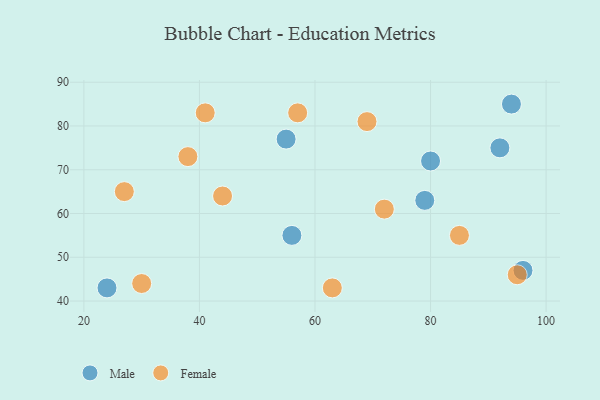
{"axis": {"x": "GDP", "y": "Life Expectancy"}, "legend": ["Female", "Male"], "data": [{"x": "24", "y": 43, "type": "Male"}, {"x": "79", "y": 63, "type": "Male"}, {"x": "80", "y": 72, "type": "Male"}, {"x": "56", "y": 55, "type": "Male"}, {"x": "92", "y": 75, "type": "Male"}, {"x": "96", "y": 47, "type": "Male"}, {"x": "55", "y": 77, "type": "Male"}, {"x": "94", "y": 85, "type": "Male"}, {"x": "85", "y": 55, "type": "Female"}, {"x": "27", "y": 65, "type": "Female"}, {"x": "72", "y": 61, "type": "Female"}, {"x": "41", "y": 83, "type": "Female"}, {"x": "57", "y": 83, "type": "Female"}, {"x": "38", "y": 73, "type": "Female"}, {"x": "44", "y": 64, "type": "Female"}, {"x": "95", "y": 46, "type": "Female"}, {"x": "69", "y": 81, "type": "Female"}, {"x": "63", "y": 43, "type": "Female"}, {"x": "30", "y": 44, "type": "Female"}]}